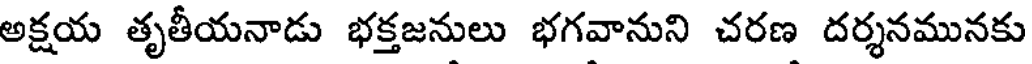
అక్షయ తృతీయనాడు భక్తజనులు భగవానుని చరణ దర్శనమునకు